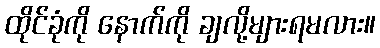
ထိုင်ခုံကို နောက်ကို ချလို့များရမလား။